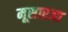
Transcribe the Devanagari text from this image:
मूसारजा